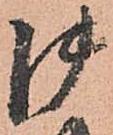
御